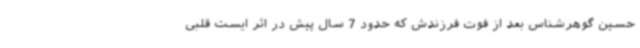
حسین گوهرشناس بعد از فوت فرزندش که حدود 7 سال پیش در اثر ایست قلبی